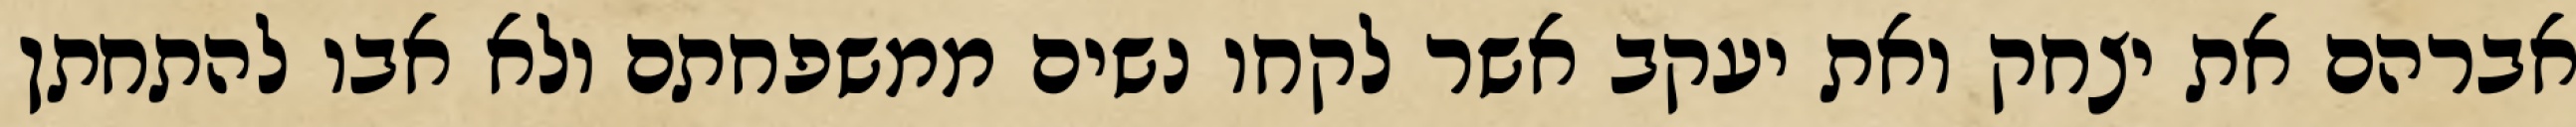
אברהם את יצחק ואת יעקב אשר לקחו נשים ממשפחתם ולא אבו להתחתן